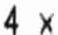
4 X